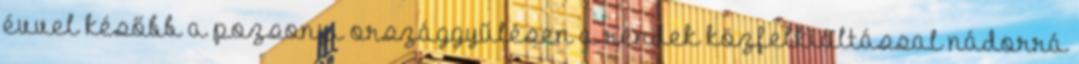
évvel később a pozsonyi országgyűlésen a rendek közfelkiáltással nádorrá